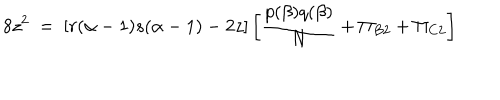
8 z ^ { 2 } ~ = ~ [ r ( \alpha - 1 ) s ( \alpha - 1 ) - 2 z ] \left[ \frac { p ( \beta ) q ( \beta ) } { N } + \Pi _ { B 2 } + \Pi _ { C 2 } \right]